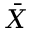
\bar { X }